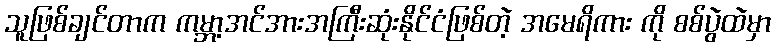
သူဖြစ်ချင်တာက ကမ္ဘာ့အင်အားအကြီးဆုံးနိုင်ငံဖြစ်တဲ့ အမေရိကား ကို စစ်ပွဲထဲမှာ